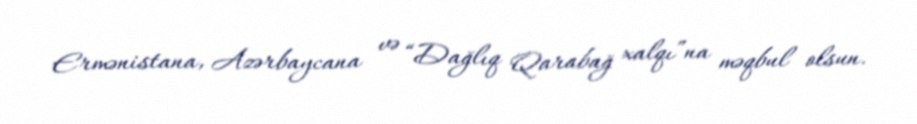
Ermənistana, Azərbaycana və “Dağlıq Qarabağ xalqı”na məqbul olsun.